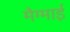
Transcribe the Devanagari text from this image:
मैग्माई